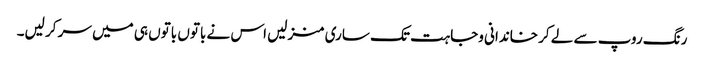
رنگ روپ سے لے کر خاندانی وجاہت تک ساری منزلیں اس نے باتوں باتوں ہی میں سر کر لیں۔